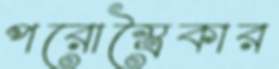
পরোস্ত্রৈকার